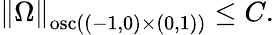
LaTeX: \begin{array}{r}{\left\lVert\Omega\right\rVert_{\mathrm{osc}((-1,0)\times(0,1))}\le C.}\end{array}